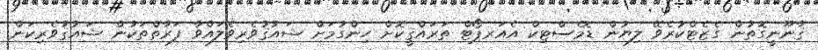
ޤާނޫނީގޮތުން ގެޒެޓްކުރެވޭ ލިޔުން ޑޮމެސްޓިކް އެއަރޕޯޓް ތަރައްޤީކޮށް ހިންގުމަށް ޝައުޤުވެރިވެލައްވާ ފަރާތްތަކުން ޝައުޤުވެރިކަން